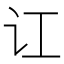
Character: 讧